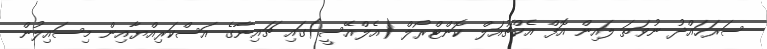
ސަރަހައްދު ނުވަތަ ލައިން އޮފް އެކްޗުއަލް ކޮންޓްރޯލް (އެލްއޭސީ)ގައި ޗައިނާގެ އަސްކަރިއްޔާއިން މިސައިލުން